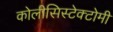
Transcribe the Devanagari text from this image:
कोलीसिस्टेक्टोमी